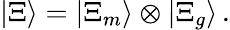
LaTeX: |\Xi\rangle=|\Xi_{m}\rangle\otimes|\Xi_{g}\rangle\, .